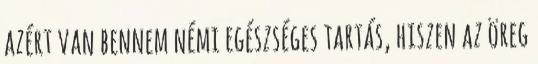
azért van bennem némi egészséges tartás, hiszen az öreg